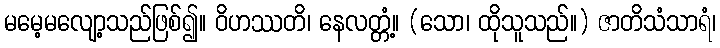
မမေ့မလျော့သည်ဖြစ်၍။ ဝိဟဿတိ၊ နေလတ္တံ့။ (သော၊ ထိုသူသည်။) ဇာတိသံသာရံ၊